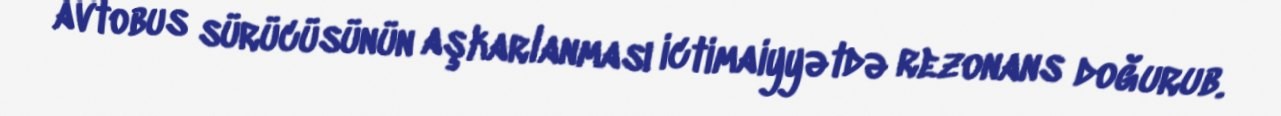
avtobus sürücüsünün aşkarlanması ictimaiyyətdə rezonans doğurub.